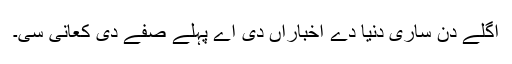
اگلے دن ساری دنیا دے اخباراں دی اے پہلے صفے دی کعانی سی۔